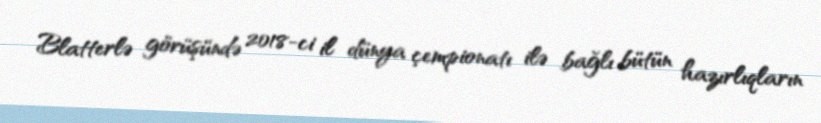
Blatterlə görüşündə 2018-ci il dünya çempionatı ilə bağlı bütün hazırlıqların